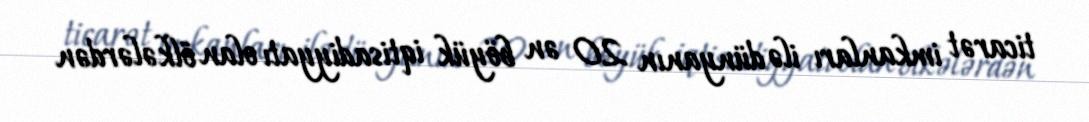
ticarət imkanları ilə dünyanın 20 ən böyük iqtisadiyyatı olan ölkələrdən